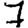
Digit: 7